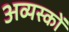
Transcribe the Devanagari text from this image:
अव्यस्कों